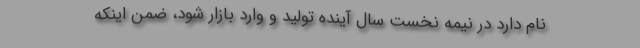
نام دارد در نیمه نخست سال آینده تولید و وارد بازار شود، ضمن اینکه